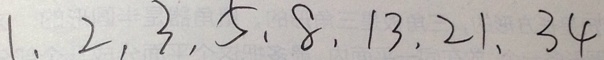
1 , 2 , 3 , 5 , 8 , 1 3 , 2 1 , 3 4